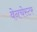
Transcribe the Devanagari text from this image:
वेनचेस्टर